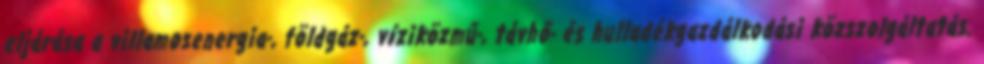
eljárása a villamosenergia-, földgáz-, víziközmű-, távhő- és hulladékgazdálkodási közszolgáltatás.